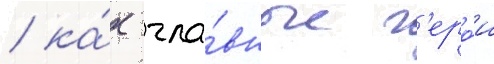
/ ка́к гла́вные г'еро́и